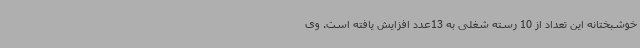
خوشبختانه این تعداد از 10 رسته شغلی به 13عدد افزایش یافته ‌است. وی